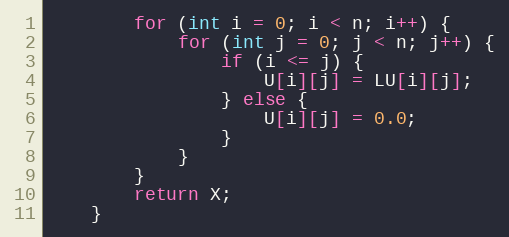
Language: Java
        for (int i = 0; i < n; i++) {
            for (int j = 0; j < n; j++) {
                if (i <= j) {
                    U[i][j] = LU[i][j];
                } else {
                    U[i][j] = 0.0;
                }
            }
        }
        return X;
    }